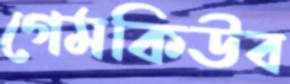
গেমকিউব